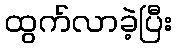
ထွက်လာခဲ့ပြီး